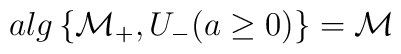
alg\left\{ \mathcal{M}_{+},U_{-}(a\geq 0)\right\} =\mathcal{M}